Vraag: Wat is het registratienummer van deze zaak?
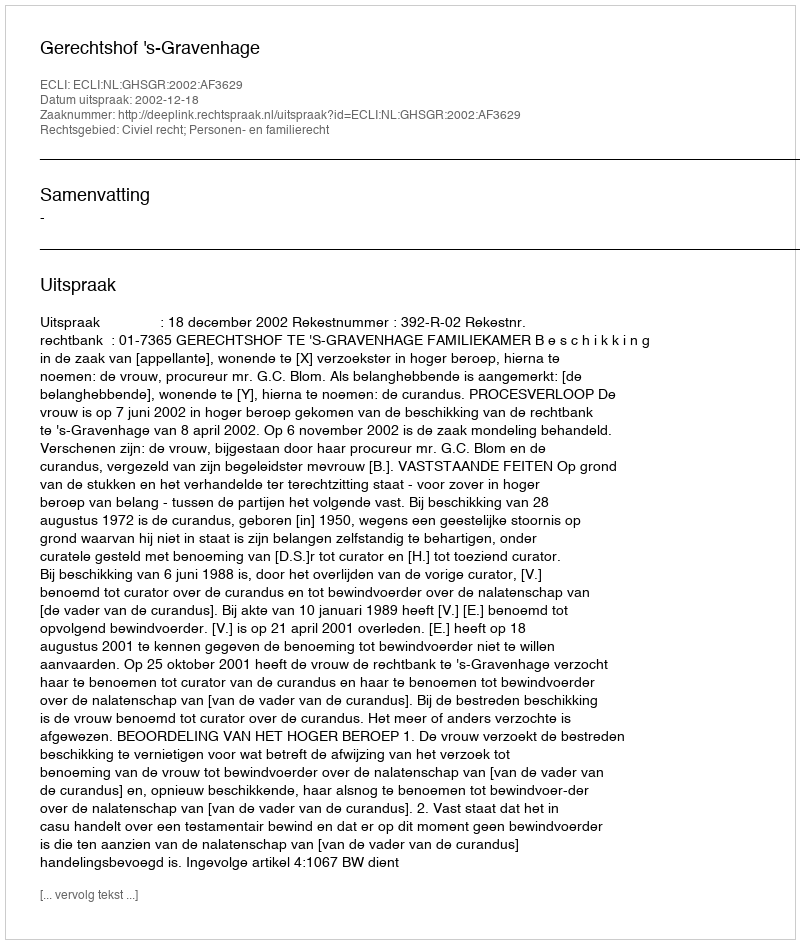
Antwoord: http://deeplink.rechtspraak.nl/uitspraak?id=ECLI:NL:GHSGR:2002:AF3629